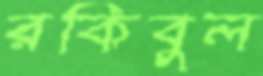
রকিবুল